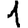
Digit: 1